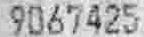
9067425